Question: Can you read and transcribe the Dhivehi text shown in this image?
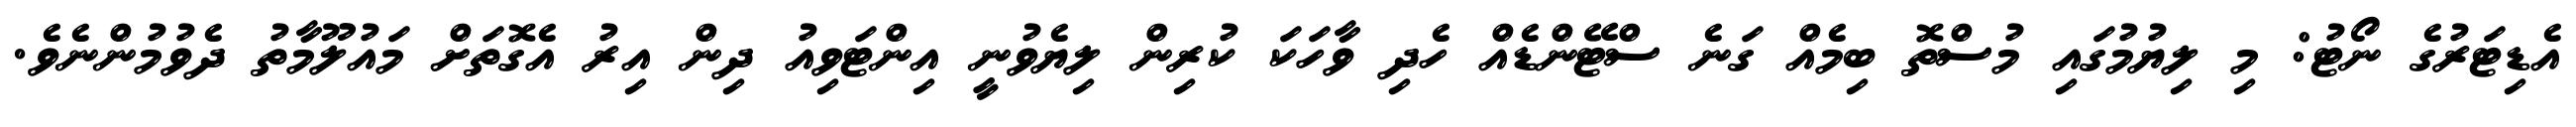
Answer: އެޑިޓަރުގެ ނޯޓު: މި ލިޔުމުގައި މުސްތޮ ބިމެއް ގަނެ ސްޓޭންޑެއް ހެދި ވާހަކަ ކުރިން ލިޔެވުނީ އިންޓަވިއު ދިން އިރު އެގޮތަށް މައުލޫމާތު ދެވުމުންނެވެ.